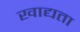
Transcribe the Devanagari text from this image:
खाद्यता